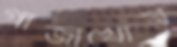
গাঁজাখোর